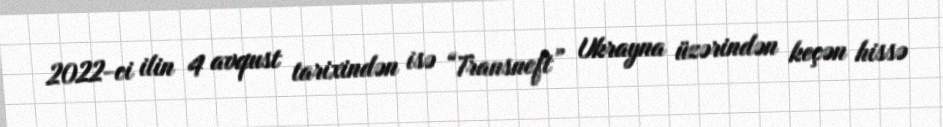
2022-ci ilin 4 avqust tarixindən isə “Transneft” Ukrayna üzərindən keçən hissə